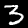
Digit: 3